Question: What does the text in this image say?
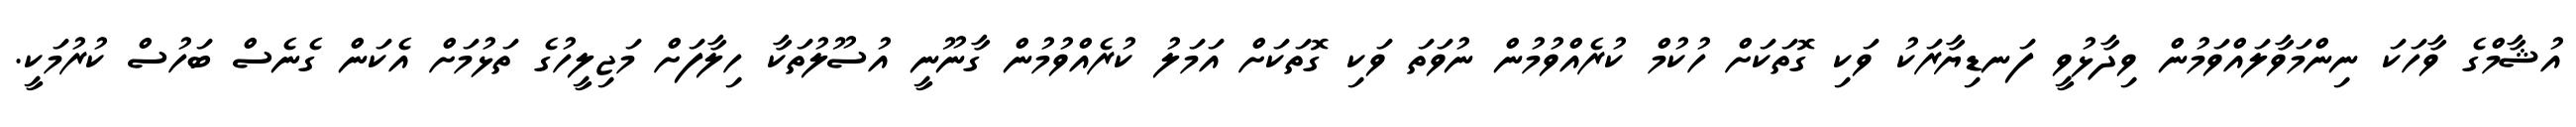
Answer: އުޝާމްގެ ވާހަކަ ނިންމަވާލައްވަމުން ވިދާޅުވީ ފަނޑިޔާރަކު ވަކި ގޮތަކަށް ހުކުމް ކުރެއްވުމުން ނުވަތަ ވަކި ގޮތަކަށް އަމަލު ކުރެއްވުމުން ގާނޫނީ އުސޫލުތަކާ ހިލާފަށް މަޖިލީހުގެ ތަޅުމަށް އެކަން ގެނެސް ބަހުސް ކުރުމަކީ.